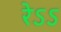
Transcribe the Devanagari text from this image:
रेऽऽ